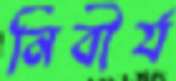
নিবীর্য